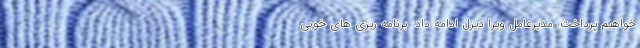
خواهیم پرداخت. مدیرعامل ویرا دیزل ادامه داد: برنامه ریزی های خوبی